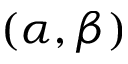
( \alpha , \beta )